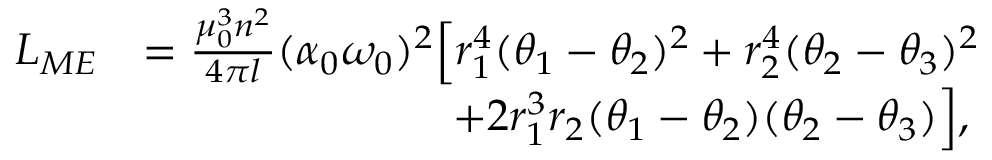
\begin{array} { r l } { L _ { M E } } & { = \frac { \mu _ { 0 } ^ { 3 } n ^ { 2 } } { 4 \pi l } ( \alpha _ { 0 } \omega _ { 0 } ) ^ { 2 } \Big [ r _ { 1 } ^ { 4 } ( \theta _ { 1 } - \theta _ { 2 } ) ^ { 2 } + r _ { 2 } ^ { 4 } ( \theta _ { 2 } - \theta _ { 3 } ) ^ { 2 } } \\ & { \qquad \qquad \qquad \quad + 2 r _ { 1 } ^ { 3 } r _ { 2 } ( \theta _ { 1 } - \theta _ { 2 } ) ( \theta _ { 2 } - \theta _ { 3 } ) \Big ] , } \end{array}